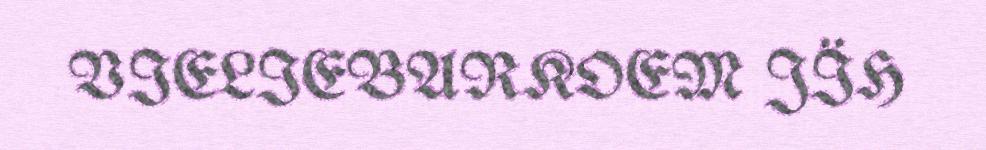
VIELIEBARKOEM JÏH